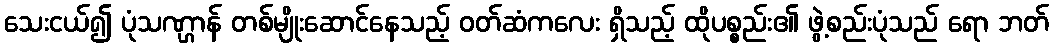
သေးငယ်၍ ပုံသဏ္ဌာန် တစ်မျိုးဆောင်နေသည့် ဝတ်ဆံကလေး ရှိသည့် ထိုပစ္စည်း၏ ဖွဲ့စည်းပုံသည် ရော ဘတ်